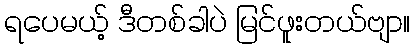
ရပေမယ့် ဒီတစ်ခါပဲ မြင်ဖူးတယ်ဗျာ။